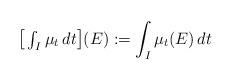
LaTeX: \begin{align*}{\textstyle \big[ \int_I \mu_t\, dt \big]}(E):= \int_I \mu_t(E) \, dt\quad\end{align*}